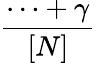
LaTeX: \frac{\cdots+\gamma}{[N]}